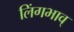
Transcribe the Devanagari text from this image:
लिंगभाव्